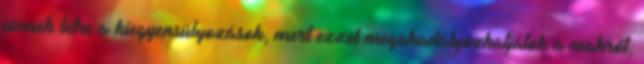
jönnek létre a kiegyensúlyozások, mert ezzel megakadályozhatjátok a makrót,